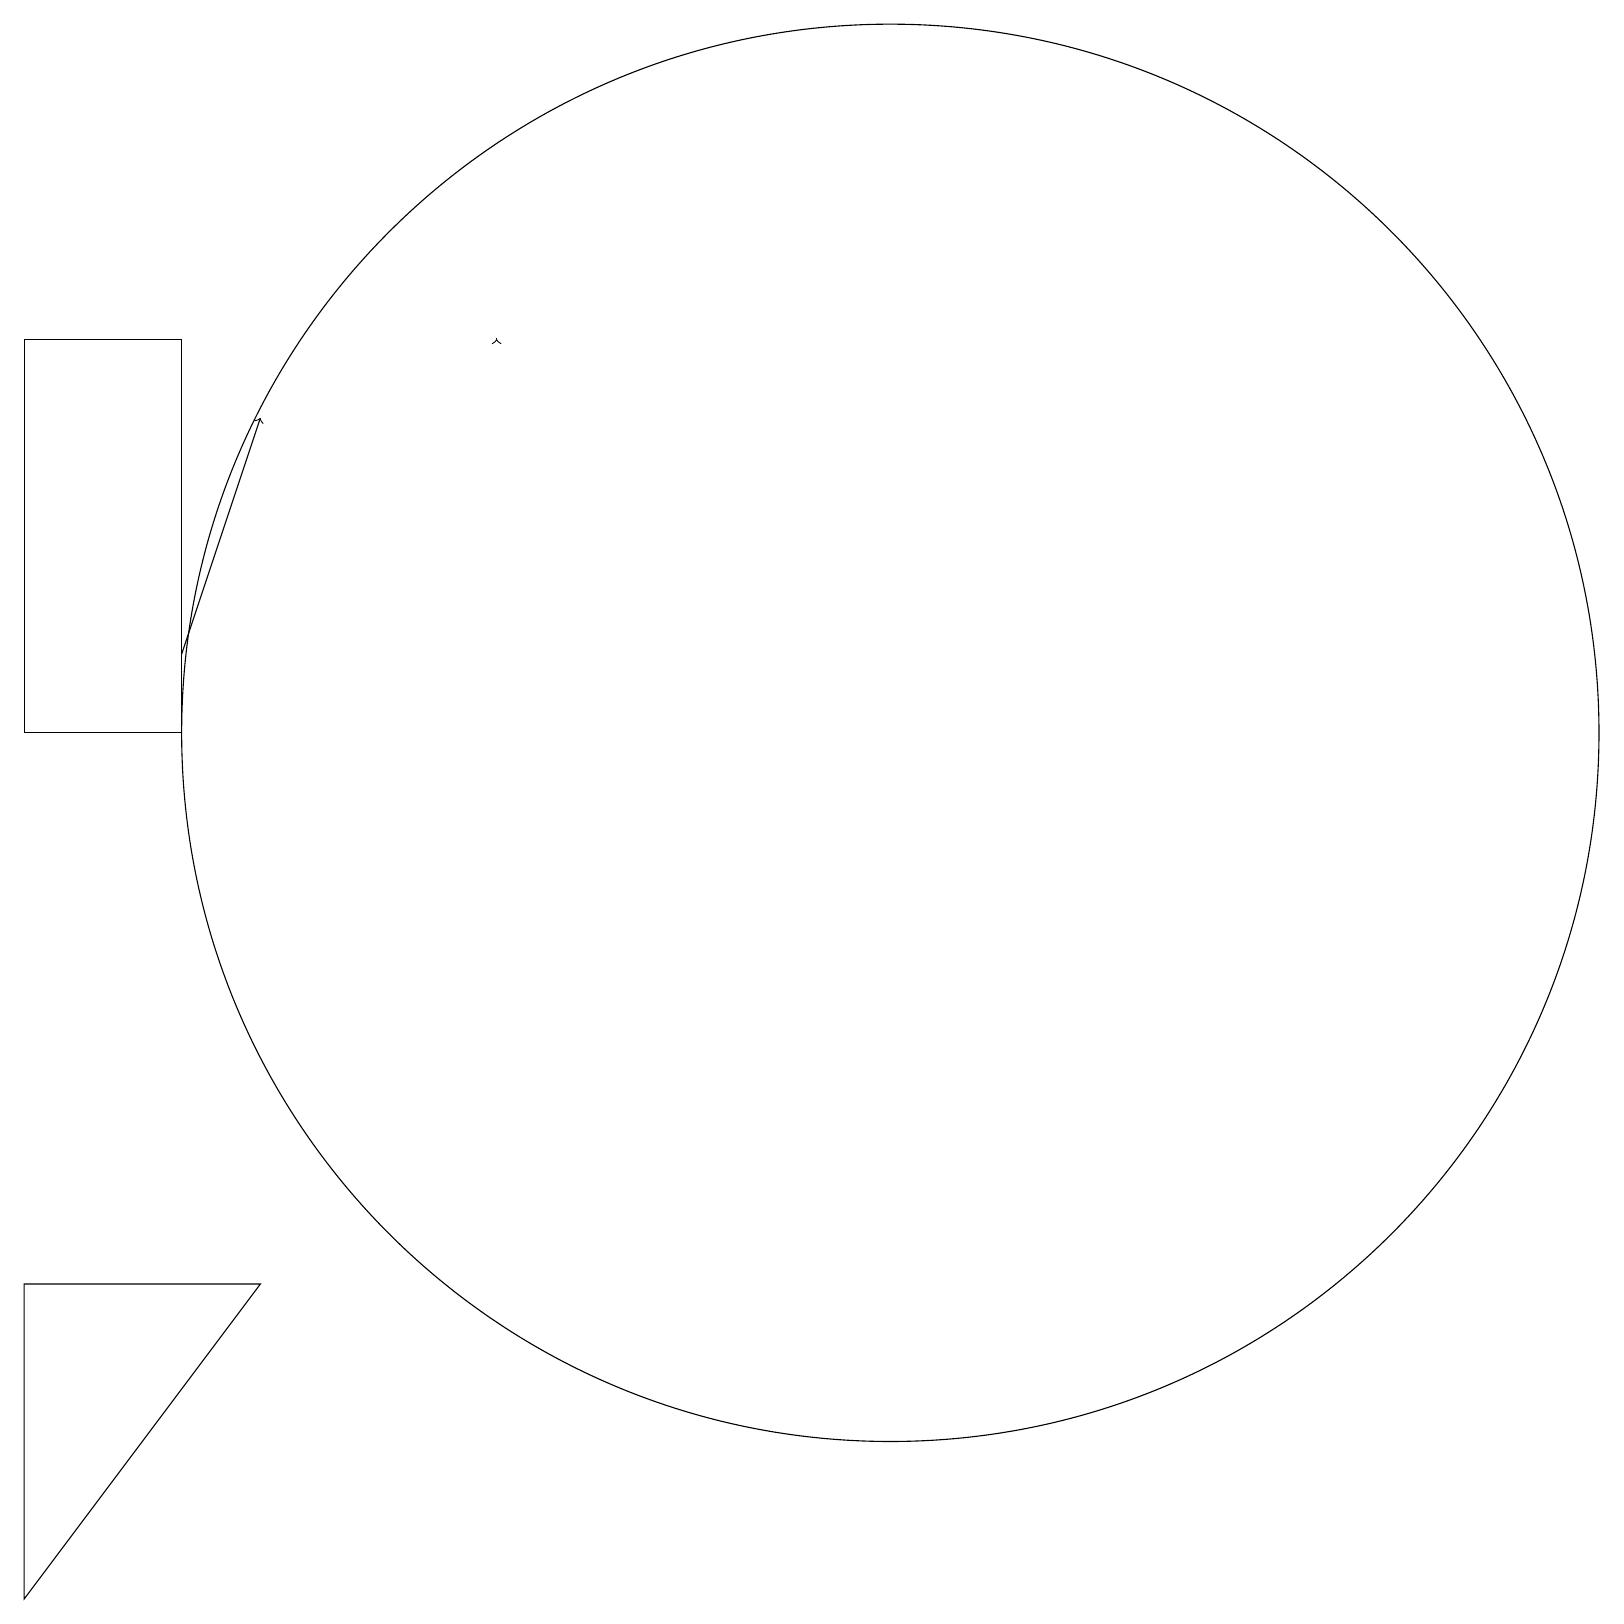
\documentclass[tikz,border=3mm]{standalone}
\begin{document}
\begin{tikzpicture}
\draw (11,11) circle (9);
\draw (3,4) -- (0,0) -- (0,4) -- cycle;
\draw[->] (6,16) -- (6,16);
\draw[->] (2,12) -- (3,15);
\draw (0,16) rectangle (2,11);
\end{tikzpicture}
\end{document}